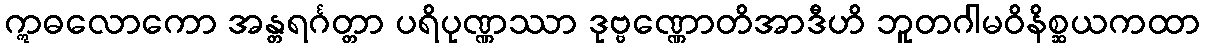
ဣဓလောကော အန္တရင်္ဂတ္တာ ပရိပုဏ္ဏဿာ ဒုဗ္ဗဏ္ဏောတိအာဒီဟိ ဘူတဂါမဝိနိစ္ဆယကထာ